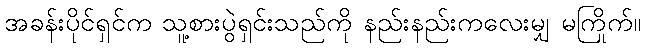
အခန်းပိုင်ရှင်က သူ့စားပွဲရှင်းသည်ကို နည်းနည်းကလေးမျှ မကြိုက်။